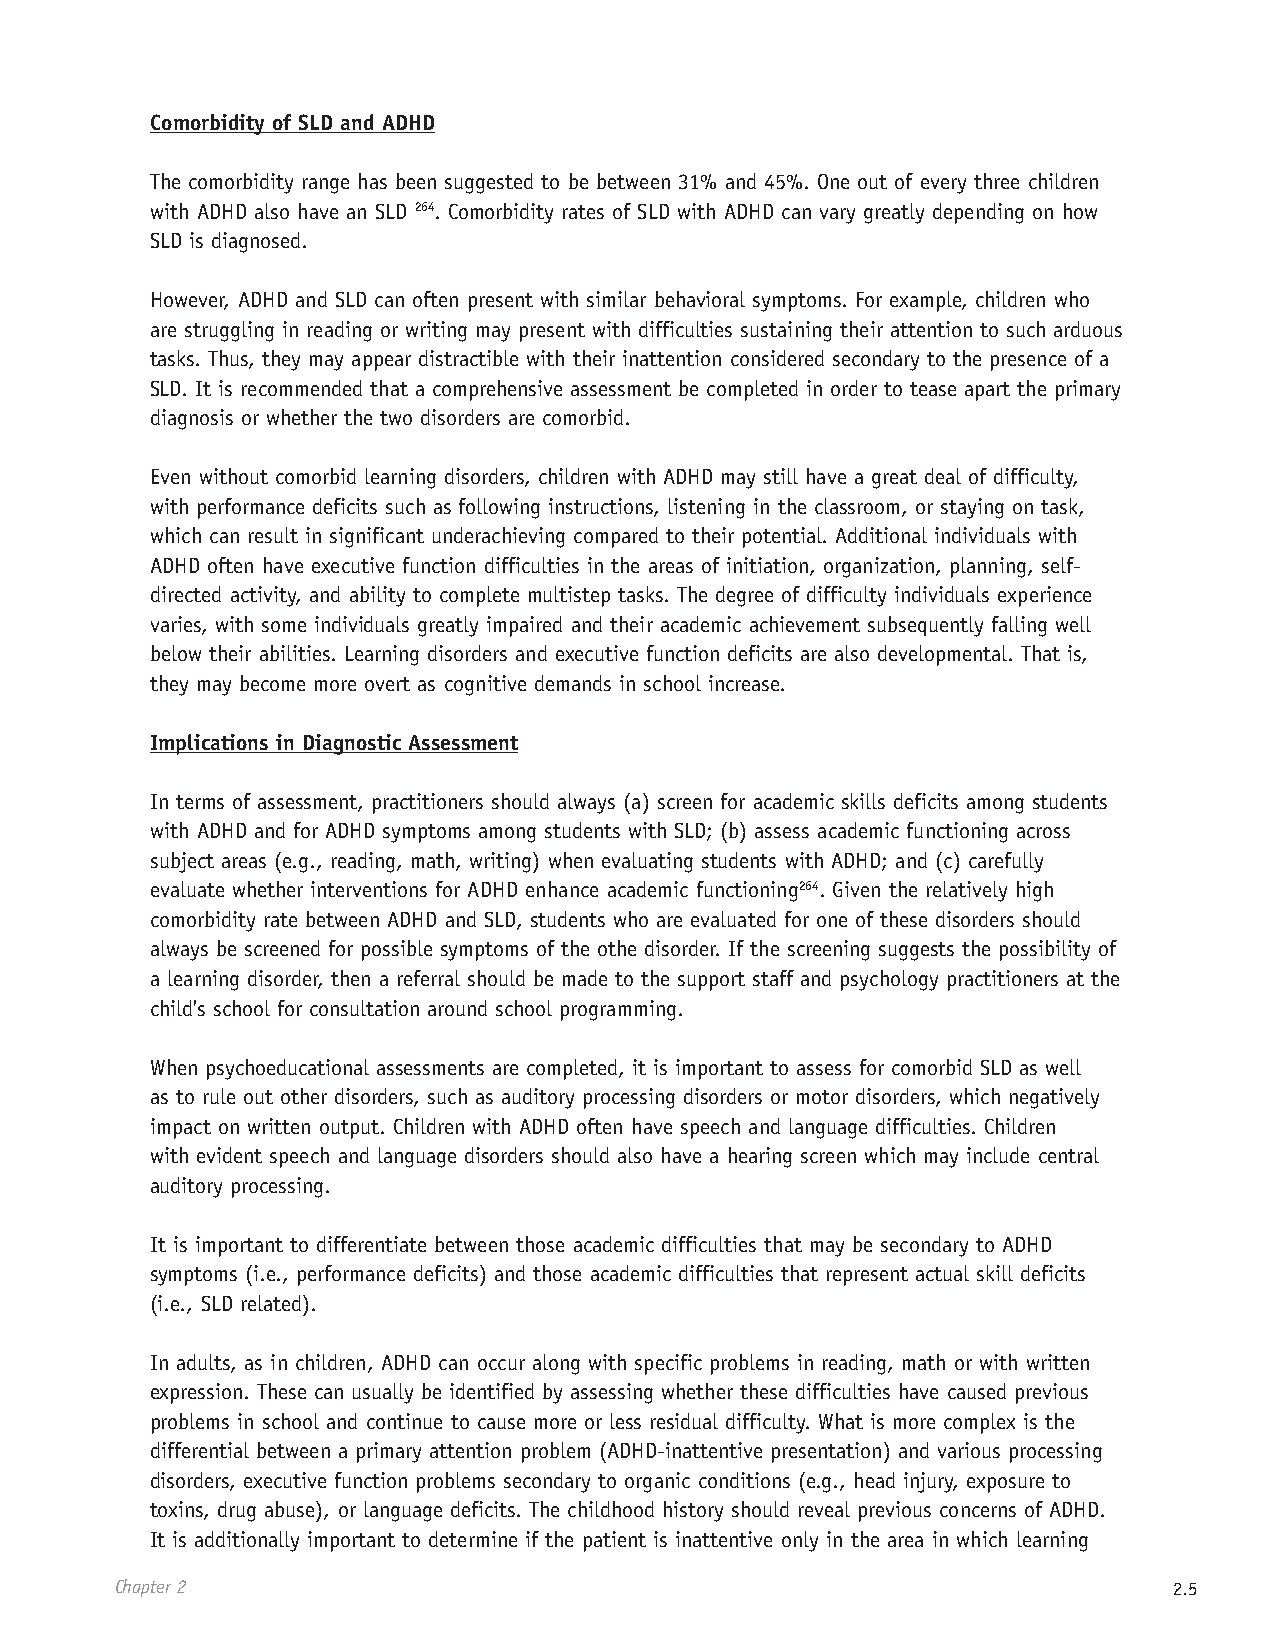
Comorbidity of SLD and ADHD
 The comorbidity range has been suggested to be between 31% and 45%. One out of every three children
 with ADHD also have an SLD 264. Comorbidity rates of SLD with ADHD can vary greatly depending on how
 SLD is diagnosed.
 However, ADHD and SLD can often present with similar behavioral symptoms. For example, children who
 are struggling in reading or writing may present with difficulties sustaining their attention to such arduous
 tasks. Thus, they may appear distractible with their inattention considered secondary to the presence of a
 SLD. It is recommended that a comprehensive assessment be completed in order to tease apart the primary
 diagnosis or whether the two disorders are comorbid.
 Even without comorbid learning disorders, children with ADHD may still have a great deal of difficulty,
 with performance deficits such as following instructions, listening in the classroom, or staying on task,
 which can result in significant underachieving compared to their potential. Additional individuals with
 ADHD often have executive function difficulties in the areas of initiation, organization, planning, self-
 directed activity, and ability to complete multistep tasks. The degree of difficulty individuals experience
 varies, with some individuals greatly impaired and their academic achievement subsequently falling well
 below their abilities. Learning disorders and executive function deficits are also developmental. That is,
 they may become more overt as cognitive demands in school increase.
 Implications in Diagnostic Assessment
 In terms of assessment, practitioners should always (a) screen for academic skills deficits among students
 with ADHD and for ADHD symptoms among students with SLD; (b) assess academic functioning across
 subject areas (e.g., reading, math, writing) when evaluating students with ADHD; and (c) carefully
 evaluate whether interventions for ADHD enhance academic functioning264. Given the relatively high
 comorbidity rate between ADHD and SLD, students who are evaluated for one of these disorders should
 always be screened for possible symptoms of the othe disorder. If the screening suggests the possibility of
 a learning disorder, then a referral should be made to the support staff and psychology practitioners at the
 child's school for consultation around school programming.
 When psychoeducational assessments are completed, it is important to assess for comorbid SLD as well
 as to rule out other disorders, such as auditory processing disorders or motor disorders, which negatively
 impact on written output. Children with ADHD often have speech and language difficulties. Children
 with evident speech and language disorders should also have a hearing screen which may include central
 auditory processing.
 It is important to differentiate between those academic difficulties that may be secondary to ADHD
 symptoms (i.e., performance deficits) and those academic difficulties that represent actual skill deficits
 (i.e., SLD related).
 In adults, as in children, ADHD can occur along with specific problems in reading, math or with written
 expression. These can usually be identified by assessing whether these difficulties have caused previous
 problems in school and continue to cause more or less residual difficulty. What is more complex is the
 differential between a primary attention problem (ADHD-inattentive presentation) and various processing
 disorders, executive function problems secondary to organic conditions (e.g., head injury, exposure to
 toxins, drug abuse), or language deficits. The childhood history should reveal previous concerns of ADHD.
 It is additionally important to determine if the patient is inattentive only in the area in which learning
 Chapter 2                                                             2.5